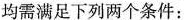
均需满足下列两个条件：